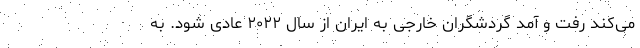
می‌کند رفت و آمد گردشگران خارجی به ایران از سال ۲۰۲۲ عادی شود. به